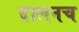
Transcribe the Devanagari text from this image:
दालनच